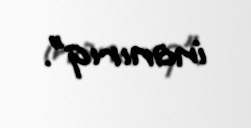
inanırıq”.